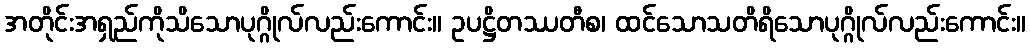
အတိုင်းအရှည်ကိုသိသောပုဂ္ဂိုလ်လည်းကောင်း။ ဥပဋ္ဌိတဿတီစ၊ ထင်သောသတိရိသောပုဂ္ဂိုလ်လည်းကောင်း။